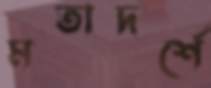
মতাদর্শে